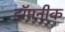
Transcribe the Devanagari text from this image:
डॉमनीक